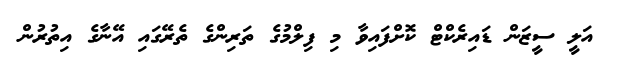
އަލީ ސީޒަން ޑައިރެކްޓް ކޮށްފައިވާ މި ފިލްމުގެ ތަރިންގެ ތެރޭގައި އޭނާގެ އިތުރުން